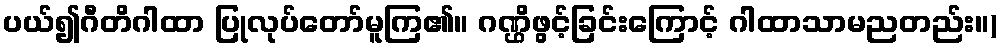
ပယ်၍ဂီတိဂါထာ ပြုလုပ်တော်မူကြ၏။ ဂဏ္ဌိဖွင့်ခြင်းကြောင့် ဂါထာသာမညတည်း။)